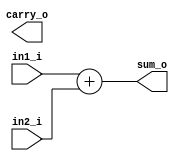
// This program was cloned from: https://github.com/IObundle/iob-soc
// License: MIT License

`timescale 1ns / 1ps

module iob_add2 #(
   parameter W = 21
) (
   input  [W-1:0] in1_i,
   input  [W-1:0] in2_i,
   output [W-1:0] sum_o,
   output         carry_o
);
   wire [W:0] sum;
   assign sum_o   = in1_i + in2_i;
   assign carry_o = sum_o[W];
endmodule